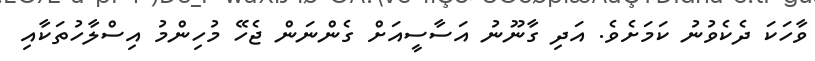
ވާހަކަ ދެކެވުނު ކަމަށެވެ. އަދި ގާނޫނު އަސާސީއަށް ގެންނަން ޖެހޭ މުހިންމު އިސްލާހުތަކާއި